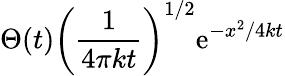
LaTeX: \Theta(t)\left({\frac{1}{4\pi kt}}\right)^{1/2}\mathrm{e}^{-x^{2}/4kt}